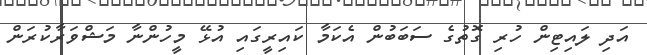
އަދި ލައިޓިން ހުރި ގޮތުގެ ސަބަބުން އެކަމާ ކައިރީގައި އުޅޭ މީހުންނާ މަޝްވަރާކުރަން